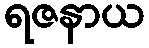
ရဇနာယ